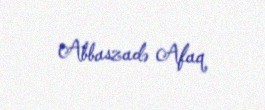
Abbaszadə Afaq